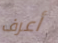
أعرف